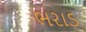
ભરાડ